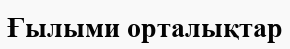
Ғылыми орталықтар